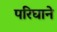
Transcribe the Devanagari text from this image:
परिघाने